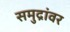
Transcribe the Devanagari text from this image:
समुद्रांवर